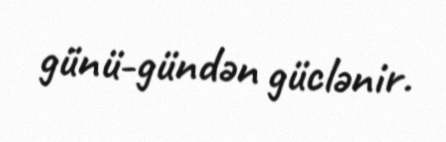
günü-gündən güclənir.